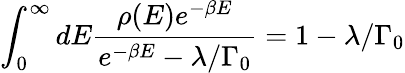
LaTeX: \int_{0}^{\infty}dE\frac{\rho(E)e^{-\beta E}}{e^{-\beta E}-\lambda/\Gamma_{0}}=1-\lambda/\Gamma_{0}